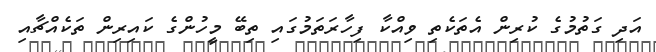
އަދި ގަތުމުގެ ކުރިން އެތަކެތި ވިއްކާ ފިހާރަތަމުގައި ތިބޭ މީހުންގެ ކައިރިން ތަކެއްޗާއި